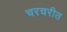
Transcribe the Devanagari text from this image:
चरचरीत